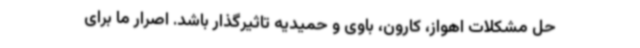
حل مشکلات اهواز، کارون، باوی و حمیدیه تاثیرگذار باشد. اصرار ما برای